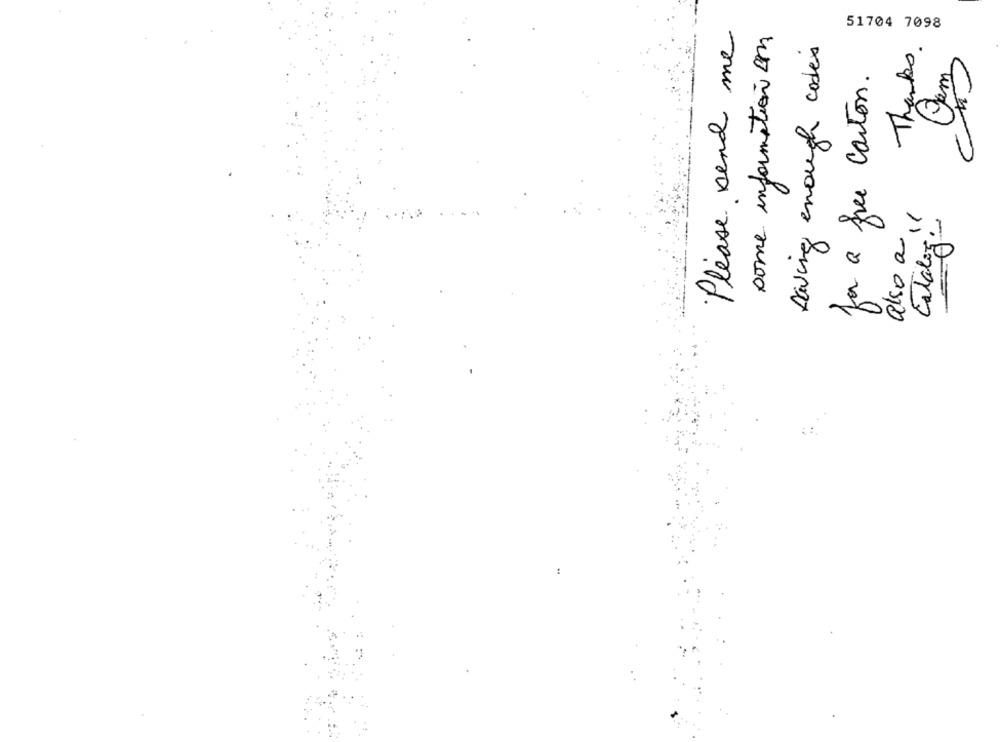
Please send me
some information cm
51704 7098
Thanks.
Having enough codes
for a free carton.
also a 1
Catalog: